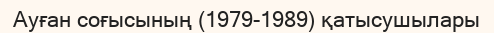
Ауған соғысының (1979-1989) қатысушылары